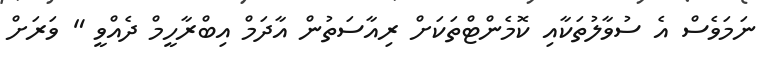
ނަމަވެސް އެ ސުވާލުތަކާއި ކޮމެންޓްތަކަށް ރިއާސަތުން އާދަމް އިބްރާހީމް ދެއްވީ " ވަރަށް